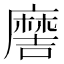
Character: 𫜖